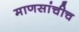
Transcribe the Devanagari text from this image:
माणसांचीच